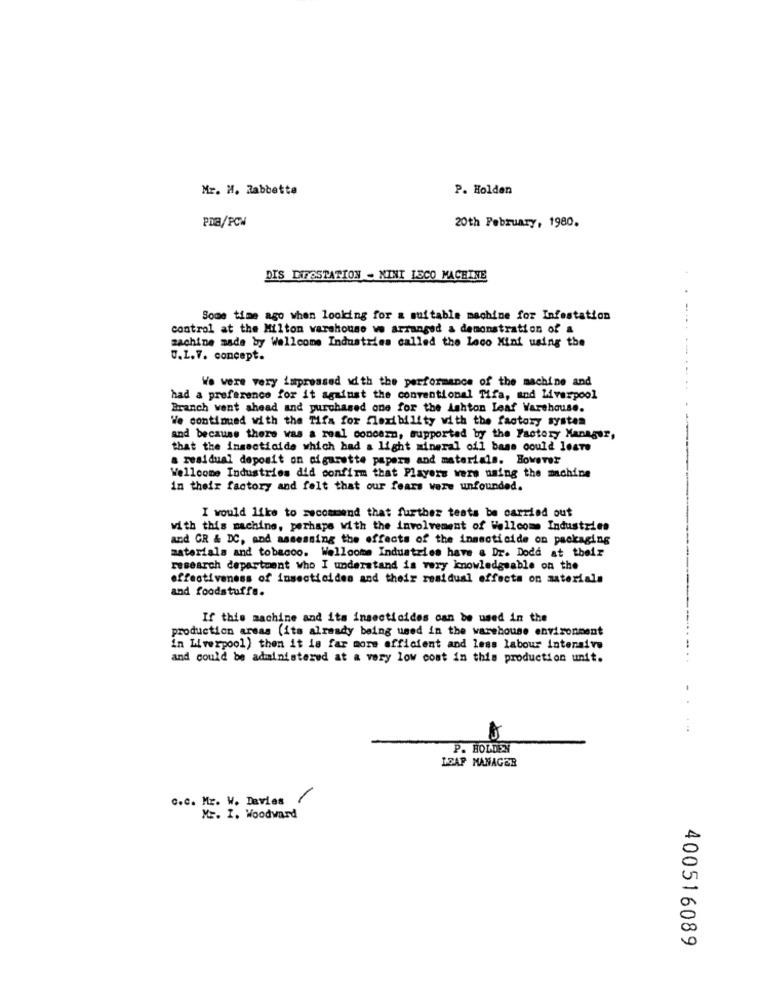
Mr. M. Zabbetta
P. Holden
PDB/PCW
20th February, 1980.
DIS INFESTATION - MINI ISCO MACHINE
-4
Some time ago when looking for a suitable machine for Infestation
control at the Milton warehouse we arranged a demonstration of a
zachine made by Wellcome Industries called the Loco Mini using the
U.1.7. concept.
We were very impressed id th the performance of the machine and
had a preference for it against the conventional Tifa, and Liverpool
Branch went ahead and purchased one for the Ashton Leaf Warehouse.
We continued with the Tifa for flexibility with the factory system
and because there was a real concern, supported by the Factory Manager,
that the insecticide which had a light mineral oil base could leste
a residual deposit on cigarette papers and materials. However
Wellcome Industries did confirm that Players wers naing the machine
in their factory and felt that our fears were unfounded.
I would like to recommend that further tests be carried out
with this machine, perhaps with the involvement of Wellcom Industries
and GR & DC, and assessing the effects of the insecticide on packaging
materials and tobacco. Wellcome Industries have a Dr. Dodd at their
research department who I understand is very knowledgeable on the
effectiveness of insecticides and their residual effects on materials
and foodstuffs.
If this machine and its insecticides can be used in the
production areas (its already being used in the warehouse environment
in Liverpool) then it is far more efficient and less labour intensive
and could be administered at a very low cost in this production unit.
..
P. HOLDEN
LDAP MANAGER
c.c. Mr. W. Davies
ME. I. Woodward
400516089